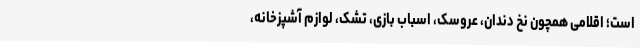
است؛ اقلامی همچون نخ دندان، عروسک، اسباب بازی، تشک، لوازم آشپزخانه،